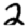
Digit: 2